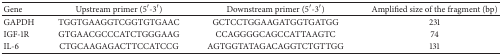
| Gene | Upstream primer (5′-3′) | Downstream primer (5′-3′) | Amplified size of the fragment (bp) |
 | --- | --- | --- | --- |
 | GAPDH | TGGTGAAGGTCGGTGTGAAC | GCTCCTGGAAGATGGTGATGG | 231 |
 | IGF-1R | GTGAACGCCCATCTGGGAAG | CCAGGGGCAGCCATTAAGTC | 74 |
 | IL-6 | CTGCAAGAGACTTCCATCCG | AGTGGTATAGACAGGTCTGTTGG | 131 |